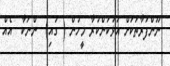
ނޫންފަރާތަކަށް އަޅުކަންކުރާ މީހުން ( ގައި)  ންނަކާ  އެއް